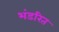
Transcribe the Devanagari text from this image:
भंडरित